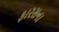
ફારસના